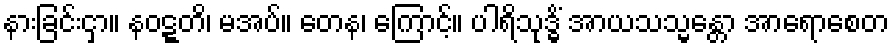
နားခြင်းငှာ။ နဝဋ္ဋတိ၊ မအပ်။ တေန၊ ကြောင့်။ ပါရိသုဒ္ဓိံ အာယသသ္မန္တော အာရောစေတ